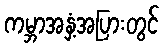
ကမ္ဘာအနှံ့အပြားတွင်